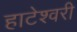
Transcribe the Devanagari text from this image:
हाटेश्वरी